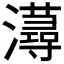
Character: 𤃂